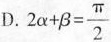
D. $$2 \alpha + \beta = \frac{\pi}{2}$$